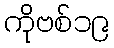
ကိုဗစ်၁၉